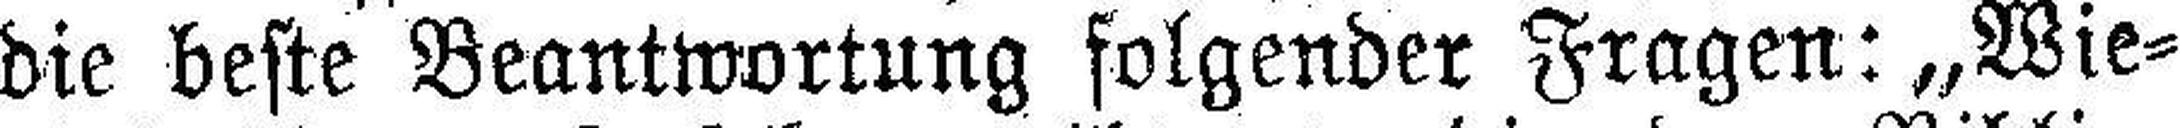
die beste Beantwortung folgender Fragen: „Wie¬